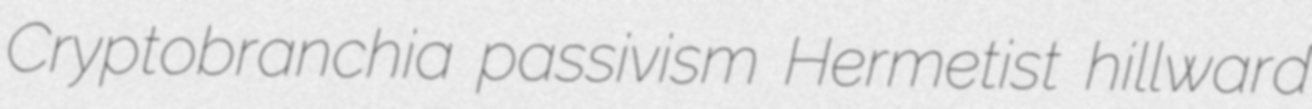
Cryptobranchia passivism Hermetist hillward